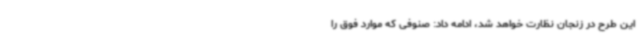
این طرح در زنجان نظارت خواهد شد، ادامه داد: صنوفی که موارد فوق را